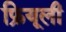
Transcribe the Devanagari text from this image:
फ्रियूली